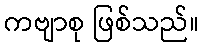
ကဗျာစု ဖြစ်သည်။